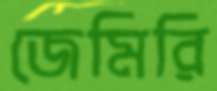
জেমিরি